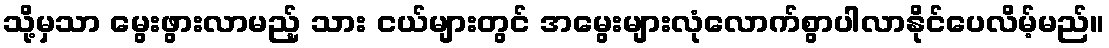
သို့မှသာ မွေးဖွားလာမည့် သား ငယ်များတွင် အမွေးများလုံလောက်စွာပါလာနိုင်ပေလိမ့်မည်။